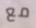
مع